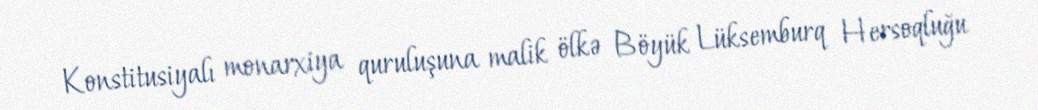
Konstitusiyalı monarxiya quruluşuna malik ölkə Böyük Lüksemburq Hersoqluğu